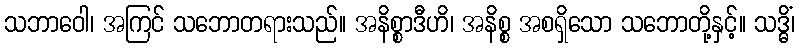
သဘာဝေါ၊ အကြင် သဘောတရားသည်။ အနိစ္စာဒီဟိ၊ အနိစ္စ အစရှိသော သဘောတို့နှင့်။ သဒ္ဓိံ၊